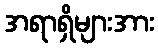
အရာရှိများအား